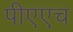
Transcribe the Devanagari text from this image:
पीएएच